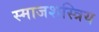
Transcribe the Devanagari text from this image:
स्माजशस्त्रिय